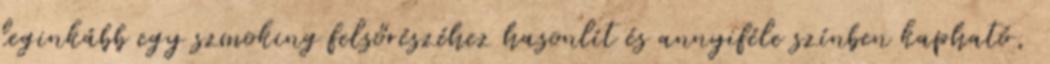
leginkább egy szmoking felsőrészéhez hasonlít és annyiféle színben kapható,